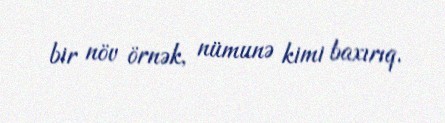
bir növ örnək, nümunə kimi baxırıq.